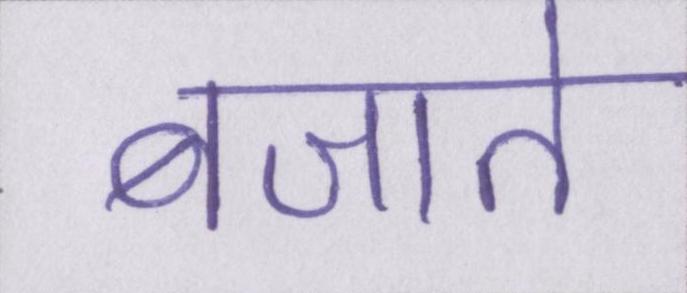
बजाते